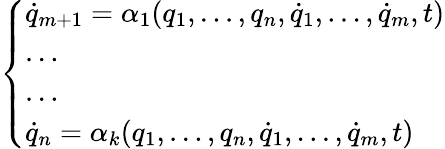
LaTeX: \left\{ \begin{array}{ll}{{\dot{q}}_{m+1}=\alpha_{1}(q_{1},\dots,q_{n},{\dot{q}}_{1},\dots,{\dot{q}}_{m},t)}\\ {\dots}\\ {\dots}\\ {{\dot{q}}_{n}=\alpha_{k}(q_{1},\dots,q_{n},{\dot{q}}_{1},\dots,{\dot{q}}_{m},t)}\end{array}\right.